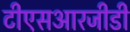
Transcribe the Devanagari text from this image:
टीएसआरजीडी